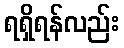
ရရှိရန်လည်း